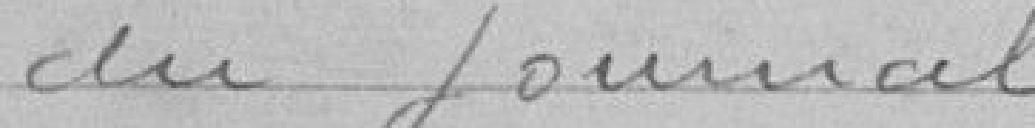
du journal